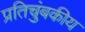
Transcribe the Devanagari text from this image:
प्रतिचुंबकीय